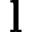
\mathbf { l }